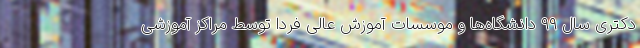
دکتری سال ۹۹ دانشگاه‌ها و موسسات آموزش عالی فردا توسط مراکز آموزشی